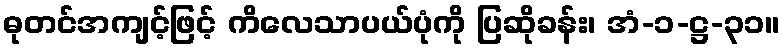
ဓုတင်အကျင့်ဖြင့် ကိလေသာပယ်ပုံကို ပြဆိုခန်း၊ အံ-၁-ဋ္ဌ-၃၁။